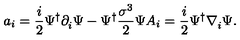
a _ { i } = \frac { i } { 2 } \Psi ^ { \dagger } \partial _ { i } ^ { \raisebox { 1 . 2 m m } { \leftrightarrow } } \Psi - \Psi ^ { \dagger } \frac { \sigma ^ { 3 } } { 2 } \Psi A _ { i } = \frac { i } { 2 } \Psi ^ { \dagger } \nabla _ { i } ^ { \raisebox { 1 . 2 m m } { \leftrightarrow } } \Psi .